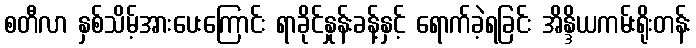
စတီလာ နှစ်သိမ့်အားပေးကြောင်း ရာခိုင်နှုန်းခန့်နှင့် ရောက်ခဲ့ရခြင်း အိန္ဒိယကမ်းရိုးတန်း